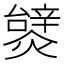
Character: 𤐮